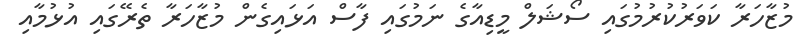
މުޒާހަރާ ކަވަރުކުރުމުގައި ސޯޝަލް މީޑިއާގެ ނަމުގައި ފާސް އަޅައިގެން މުޒާހަރާ ތެރޭގައި އުޅުމާއި